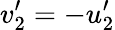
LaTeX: v_{2}^{\prime}=-u_{2}^{\prime}